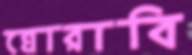
ঘোরাবি